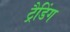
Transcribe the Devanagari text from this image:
ट्रैडिंग